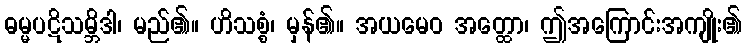
ဓမ္မပဋိသမ္ဘိဒါ၊ မည်၏။ ဟိသစ္စံ၊ မှန်၏။ အယမေဝ အတ္ထော၊ ဤအကြောင်းအကျိုး၏